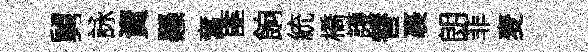
舅詠資懸奮匪餉統橋護替裹朗菲麦